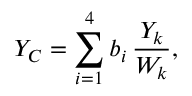
Y _ { C } = \sum _ { i = 1 } ^ { 4 } b _ { i } \, \frac { Y _ { k } } { W _ { k } } ,